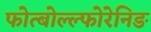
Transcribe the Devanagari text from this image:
फोत्बोल्ल्फोरेनिङ